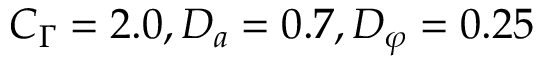
C _ { \Gamma } = 2 . 0 , D _ { a } = 0 . 7 , D _ { \varphi } = 0 . 2 5